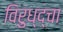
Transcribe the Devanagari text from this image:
विरुध्द्चा